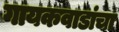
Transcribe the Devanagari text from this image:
गायकवाडांचा